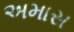
અમાસ